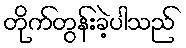
တိုက်တွန်းခဲ့ပါသည်